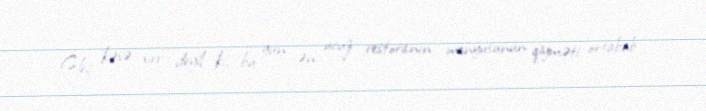
Heç kəsə sirr deyil ki, bu gün ən ucuz restoranın menyusunun qiyməti ortabab